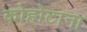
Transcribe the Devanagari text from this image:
कोहोटाना